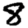
Digit: 8